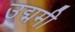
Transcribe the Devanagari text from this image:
उद्ममी